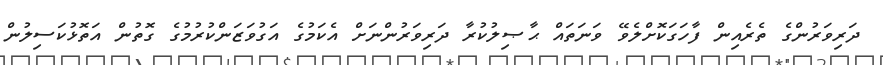
ދަރިވަރުންގެ ތެރެއިން ފާހަގަކޮށްލެވޭ ވަނަތައް ޙާޞިލުކުރާ ދަރިވަރުންނަށް އެކަމުގެ އަގުވަޒަންކުރުމުގެ ގޮތުން އަތޮޅުކަސިލުން